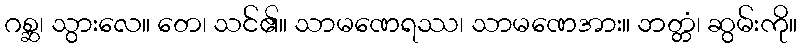
ဂစ္ဆ၊ သွားလေ။ တေ၊ သင်၏။ သာမဏေရဿ၊ သာမဏေအား။ ဘတ္တံ၊ ဆွမ်းကို။